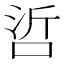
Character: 𠲻